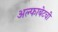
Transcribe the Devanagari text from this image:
अल्फाबेटची